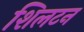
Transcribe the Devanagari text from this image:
शिलटन